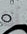
أنا